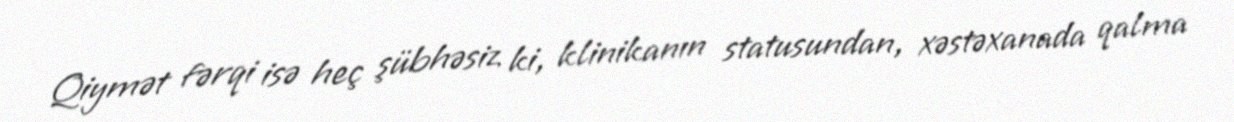
Qiymət fərqi isə heç şübhəsiz ki, klinikanın statusundan, xəstəxanada qalma